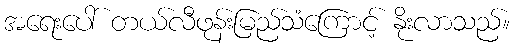
အရေးပေါ် တယ်လီဖုန်းမြည်သံကြောင့် နိုးလာသည်။